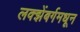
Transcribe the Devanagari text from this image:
लक्झेंबर्गमधून